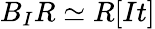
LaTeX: B_{I}R\simeq R[It]